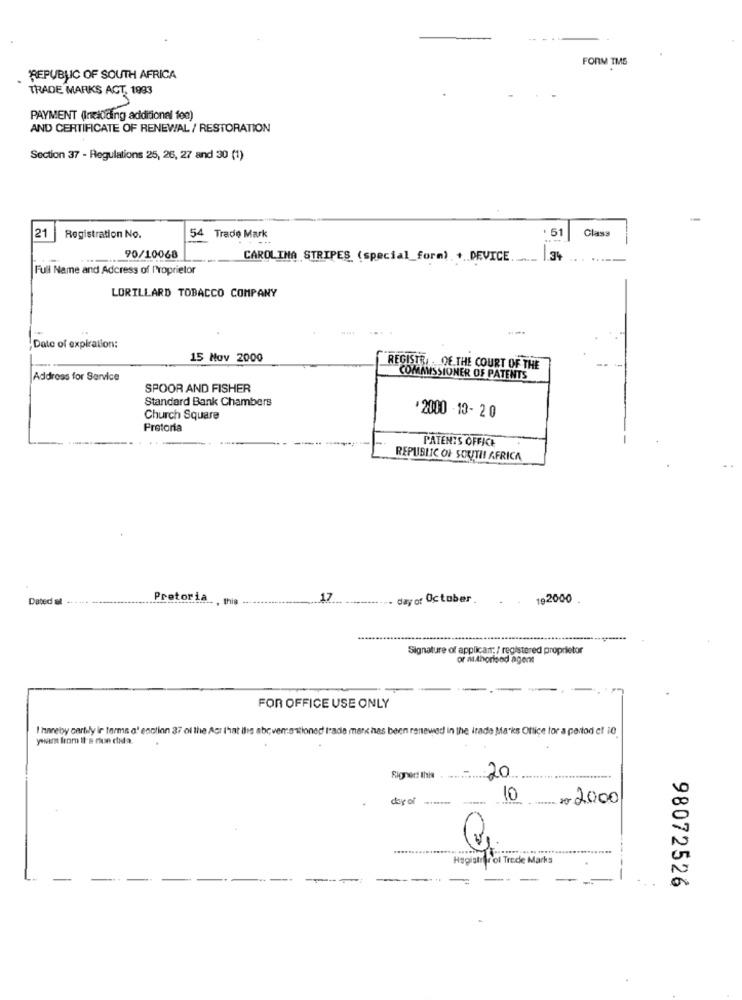
FORM TMS
.
REPUBLIC OF SOUTH AFRICA
TRADE MARKS ACT, 1993
PAYMENT (Including additional fee)
AND CERTIFICATE OF RENEWAL / RESTORATION
Section 37 - Regulations 25, 26, 27 and 30 (1)
-
* 51
Class
21
Registration No.
54 Trade Mark
90/10068
CAROLINA STRIPES (special_form) + DEVICE ..
34
Full Name and Adcress of Proprietor
LORILLARD TOBACCO COMPANY
Date of expiration:
15 Nov 2000
REGISTR, OF THE COURT OF THE
Address for Service
COMMISSIONER OF PATENTS
SPOOR AND FISHER
Standard Bank Chambers
Church Square
*2000 -19- 20
Pretoria
PATENTS OFFICE
REPUBLIC OF SOUTH AFRICA
Dateda
Pretoria
. this
17
day of October.
192000
Signature of applican; / registered proprietor
or authoriand agent
FOR OFFICE USE ONLY
I hereby cartily in terms of enction 37 of the Act that it's abovementioned l'ade mark has been renewed in the irade Marks Office for a period of 10
ywar from It's rue duda.
Signed this . ...
20
day of ........
10
02.000
Hagiater ol Trede Marka
98072526